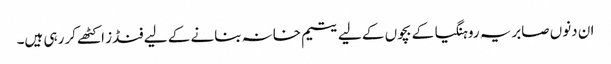
ان دنوں صابریہ روہنگیا کے بچوں کے لیے یتیم خانہ بنانے کے لیے فنڈز اکٹھے کر رہی ہیں۔